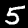
Label: 5